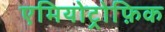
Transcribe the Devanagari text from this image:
एमियोट्रोफ़िक